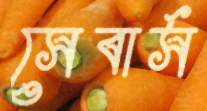
সেবার্স